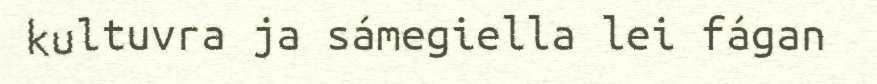
kultuvra ja sámegiella lei fágan